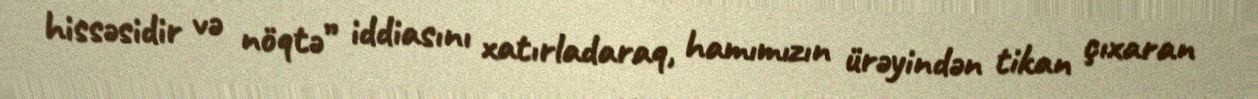
hissəsidir və nöqtə” iddiasını xatırladaraq, hamımızın ürəyindən tikan çıxaran